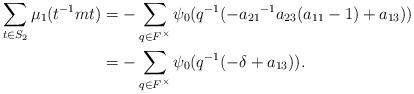
LaTeX: \begin{align*}\sum_{t \in S_{2}}\mu_1(t^{-1}mt)&= -\sum_{\substack{q \in F^{\times}}} \psi_0(q^{-1}(-{a_{21}}^{-1}a_{23}(a_{11}-1)+a_{13}))\\&= -\sum_{\substack{q \in F^{\times}}} \psi_{0}(q^{-1}(-\delta + a_{13})). \end{align*}